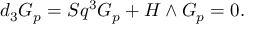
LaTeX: d _ { 3 } G _ { p } = S q ^ { 3 } G _ { p } + H \wedge G _ { p } = 0 .